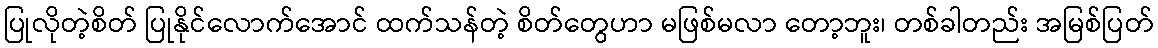
ပြုလိုတဲ့စိတ် ပြုနိုင်လောက်အောင် ထက်သန်တဲ့ စိတ်တွေဟာ မဖြစ်မလာ တော့ဘူး၊ တစ်ခါတည်း အမြစ်ပြတ်